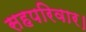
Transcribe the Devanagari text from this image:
सहपरिवार।